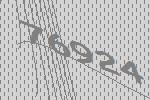
76924